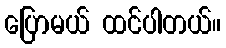
ပြောမယ် ထင်ပါတယ်။